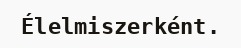
Élelmiszerként.